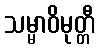
သမ္မာဝိမုတ္တီ